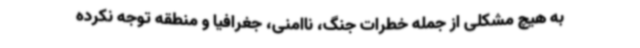
به هیچ مشکلی از جمله خطرات جنگ، ناامنی، جغرافیا و منطقه ‌توجه نکرده